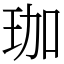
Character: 珈